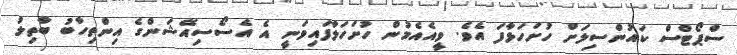
ސްޕޯޓްސް ކައުންސިލަށް ހުށަހަޅާފަ އެވެ. ވީއެއެމުން ހުށަހަލާފައިވަނީ އެ އެސޯސިއޭޝަންގެ އިންތިހާބު ބާތިލު